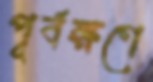
পূর্বক্ষণে